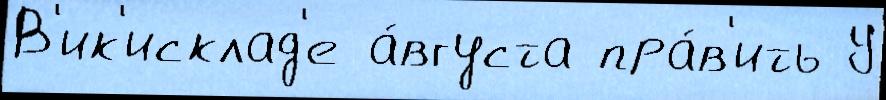
В'ик'исклад'е а́вгуста пра́в'ить У